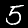
Digit: 5